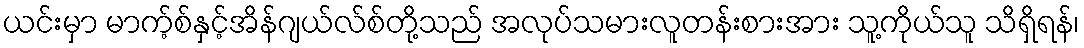
ယင်းမှာ မာက့်စ်နှင့်အိန်ဂျယ်လ်စ်တို့သည် အလုပ်သမားလူတန်းစားအား သူ့ကိုယ်သူ သိရှိရန်၊